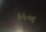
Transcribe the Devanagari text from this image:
६५०६